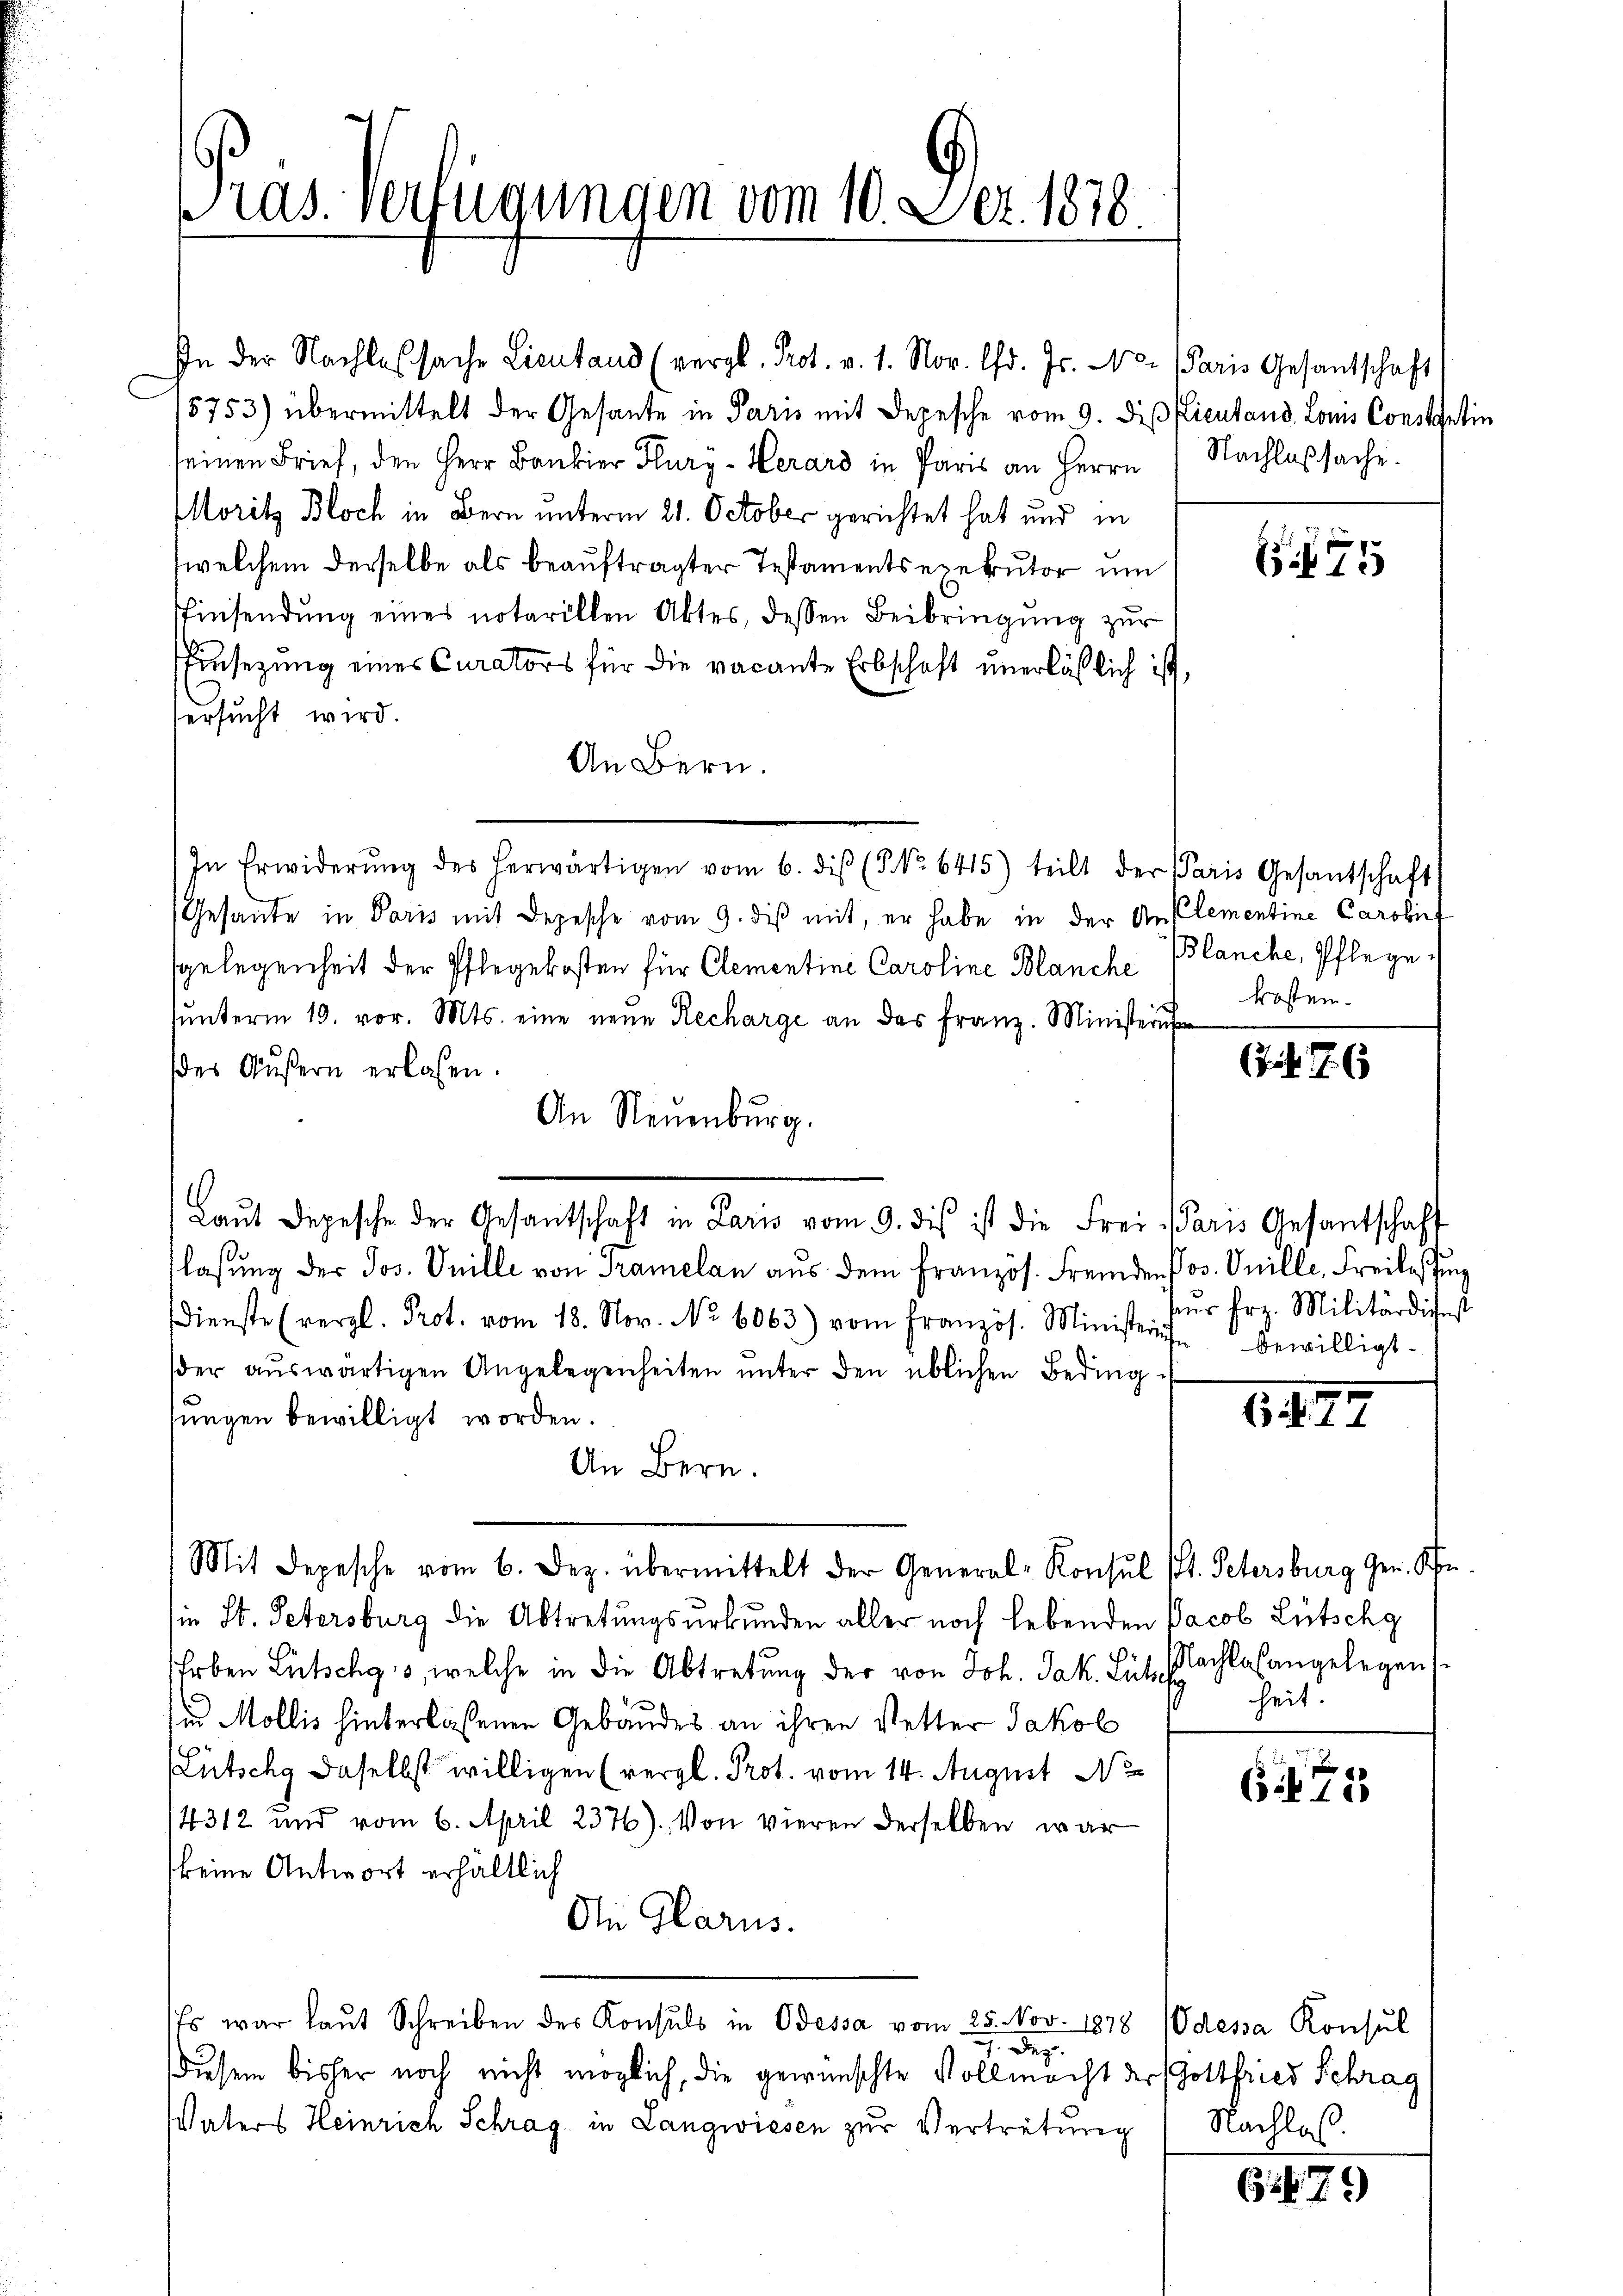
Pras. Verfügungen vom 10. Dez. 1878.

In der Nachlessache Lieutand (vergl. Prot. v. 1. Nov. d. Js. No.
5753) übermittelt der Gesante in Paris mit Depesche vom 9. dieß
seinen Brief, den Herr Bauber Hury - Herard in Paris an Herrn
Moritz Bloch in Bern unterm 21. October gerichtet hat und in
(welchem derselbe als beauftragter Testamentsexekutor um
Einsendung eines notarillen Aktes, dessen Beibringung zur
Einsezung eines Curators für die vacante Erbschaft unerläßlich ist
ersucht wird.
An Bern.
In Erwiderŭng des herwärtigen vom 6. dis (3 No 6415) teilt der Paris Gesantschaft
Gesante in Paris mit Depesche vom 9. diß mit, er habe in der An Clementine Carolief
sgelegenheit der Pflegekosten für Clementine Caroline Blanche
ŭnterm 19. vor. Mts. eine neue Recharge an das franz. Ministern
er Äußern erlassen.
An Neuenburg.
Laŭt Depesche der Gesantschaft in Laris vom 9. dis ist die Frei Paris Gesantschaft
flassung der Jos. Vnille von Tramelan aus dem Französ. Fremden Jos. Onille, Freilassung
dienste (vergl. Prot. vom 18. Nov. No 6063) vom Französ. Ministers bewilligt.
der aŭswärtigen Angelegenheiten ŭnter den üblichen Beding-
jungen bewilligt worden.
An Bern.
Mit Depesche vom 6. Dez. übermittelt der General-Konsul
in St. Petersburg die Abtretungsurkunden aller noch lebenden
hoben Lütschgis, welche in die Abtretung der von Joh. Jak. Lüt, Nachlaßangelegens
in Mollis hinterlassenen Gebäudes an ihren Vetter Jakob
(Lütschg daselbst willigen (vergl. Prot. vom 14. August N
14312 und vom 6. April 2376). Von vieren derselben war
keine Antwort erhältlich
In Glarus.
Es war laŭt Schreiben des Konsuls in Odessa vom 25. Nov. 1878
1. Dez.
diesem bisher noch nicht möglich, die gewünschte Vollmacht der Gottfried Schrag
Vaters Heinrich Schrag in Langwiesen zur Vertretung

Paris Gesantschaft
Kientand. Louis Constantin
Nachlaßsache.

75

Blanche, Pflege
kosten.

vur Frz. Militärdienst

6. d. 7.

t. Petersburg Ger. Schn
Jacob Lütschg
heit.

675

Odessa Konsul
Nachlas.

61. 75)